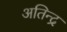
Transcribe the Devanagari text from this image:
अतिन्द्र